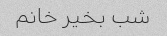
شب بخیر خانم